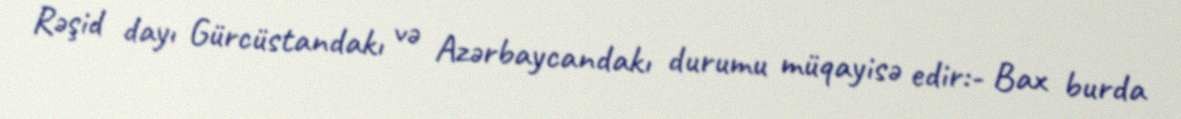
Rəşid dayı Gürcüstandakı və Azərbaycandakı durumu müqayisə edir:- Bax burda